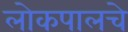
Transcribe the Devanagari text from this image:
लोकपालचे